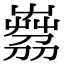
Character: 𦴘